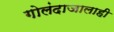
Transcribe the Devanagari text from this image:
गोलंदाजालाही